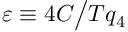
\varepsilon \equiv 4 C \big / T q _ { 4 }